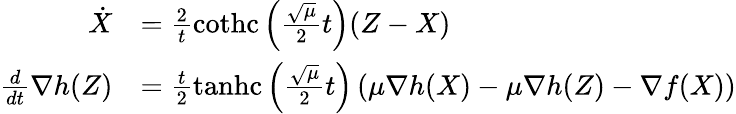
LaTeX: \begin{array}{rl}{\dot{X}}&{=\frac{2}{t}\operatorname{cothc}\left(\frac{\sqrt{\mu}}{2}t\right)(Z-X)}\\ {\frac{d}{dt}\nabla h(Z)}&{=\frac{t}{2}\operatorname{tanhc}\left(\frac{\sqrt{\mu}}{2}t\right)\left(\mu\nabla h(X)-\mu\nabla h(Z)-\nabla f(X)\right)}\end{array}